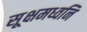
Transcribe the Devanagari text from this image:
सूक्षमध्वनि